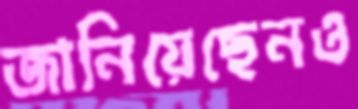
জানিয়েছেনও